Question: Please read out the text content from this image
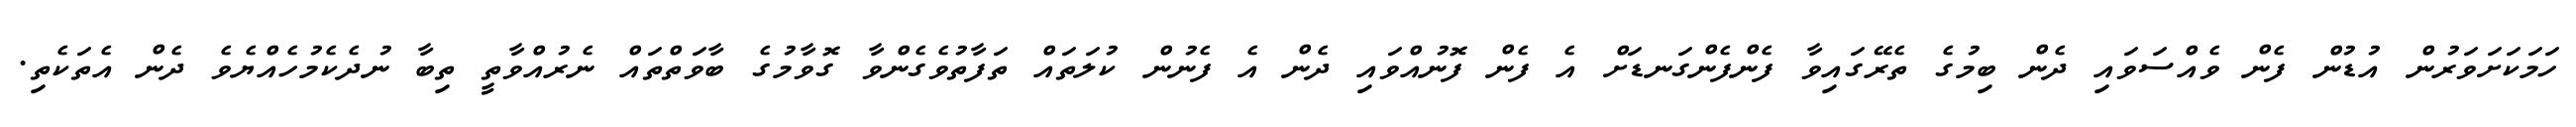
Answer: ހަމަކަށަވަރުން އުޑުން ފެން ވެއްސަވައި ދެން ބިމުގެ ތެރޭގައިވާ ފެންފެންގަނޑަށް އެ ފެން ފޮނުއްވައި ދެން އެ ފެނުން ކުލަތައް ތަފާތުވެގެންވާ ގޮވާމުގެ ބާވަތްތައް ނެރުއްވާތީ ތިބާ ނުދެކެމުހެއްޔެވެ ދެން އެތަކެތި.